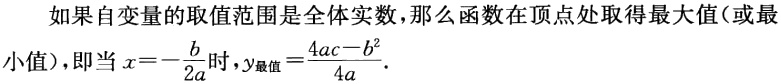
如果自变量的取值范围是全体实数，那么函数在顶点处取得最大值（或最小值），即当 \(x = -\frac{b}{2a}\) 时，\(y_{最值}=\frac{4ac - b^{2}}{4a}\) .